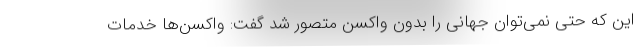
این که حتی نمی‌توان جهانی را بدون واکسن متصور شد گفت: واکسن‌ها خدمات